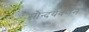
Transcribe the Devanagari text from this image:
सौन्दर्यवर्णन